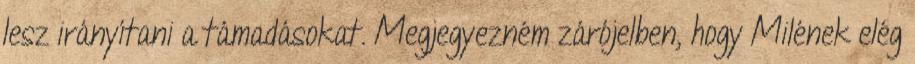
lesz irányítani a támadásokat. Megjegyezném zárójelben, hogy Milének elég